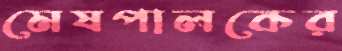
মেষপালকের